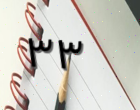
٣٣